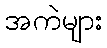
အကဲများ